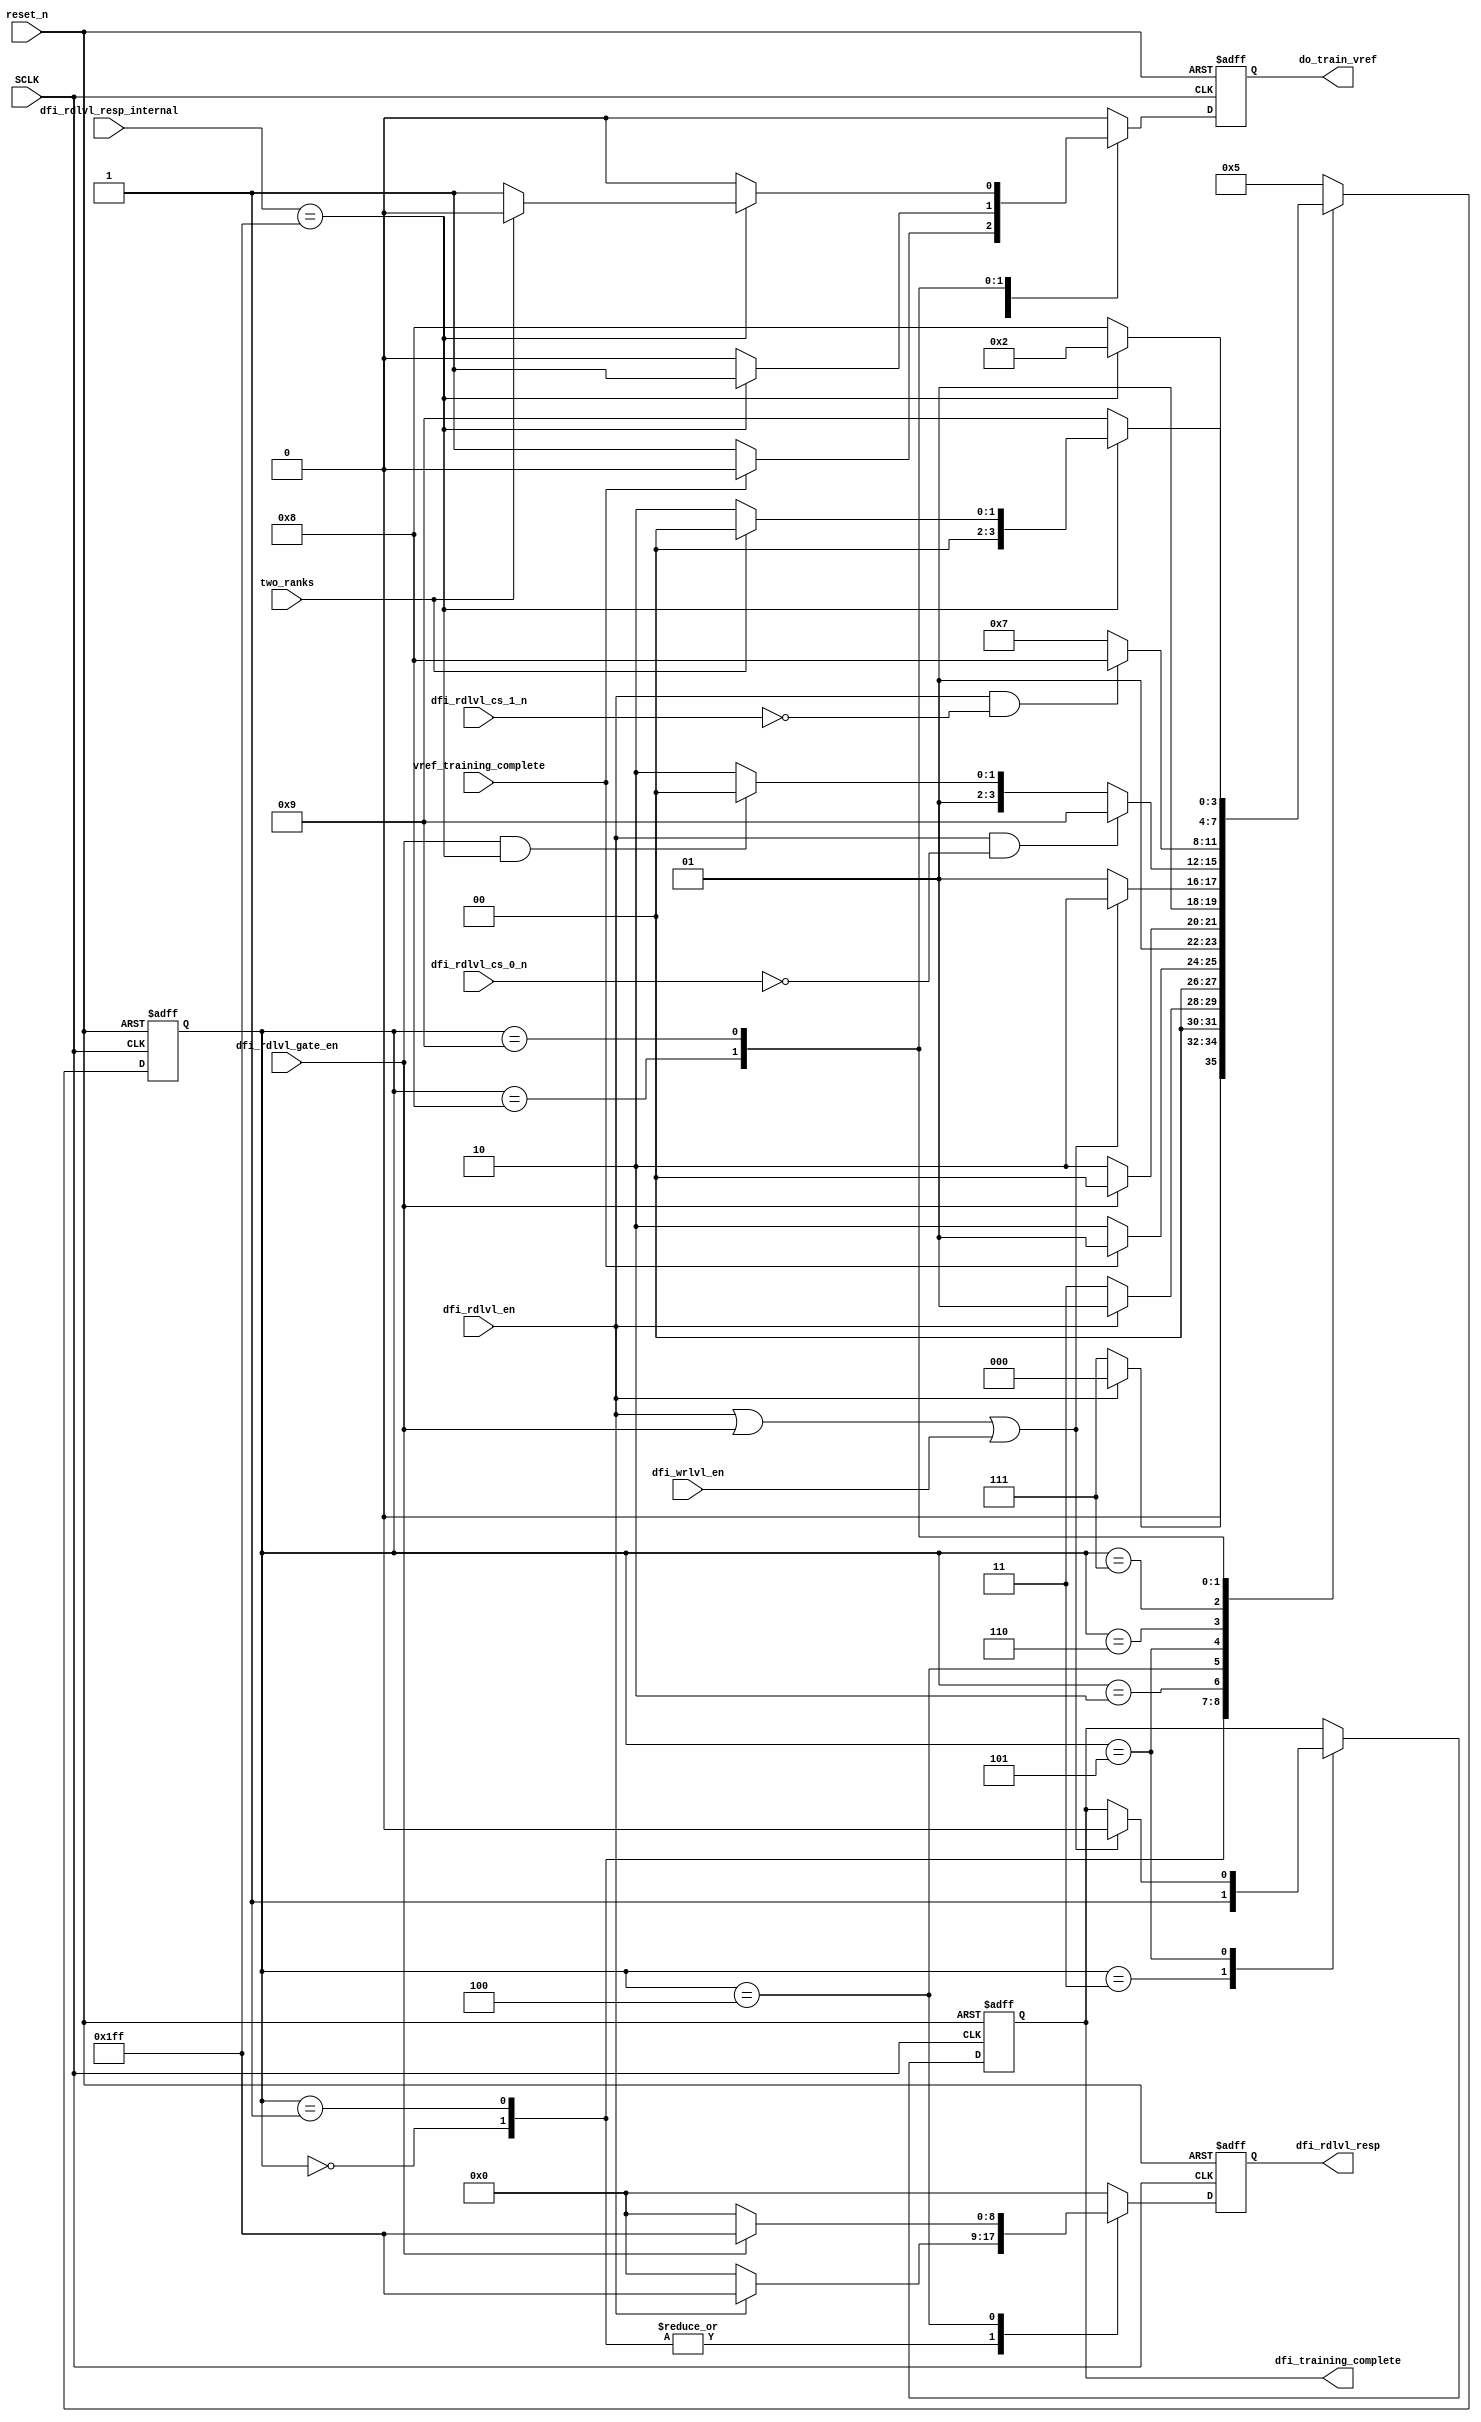
//--------------------------------------------------
//-- -----------------------------------------------------------------------------                                                                                                                                                                                                                               
//--    Crevinn Teoranta                                                                                                                                                                                                                        
//-- -----------------------------------------------------------------------------                                                                                                                                                                                                                               
//-- Author      : $Author:$      jackh                                                                                                                                                                                      
//-- Date        : $Date:$                                                                                                                                                                                                                               
//-- Revision    : $Revision$                                                                                                                                                                                                                               
//-- Location    : $URL: $                                                                                                                                                                                                                               
//-- -----------------------------------------------------------------------------                                                                                                                                                                                                                               
//--------------------------------------------------
 
 
module TRN_COMPLETE (
                     //  input ports
                     dfi_rdlvl_cs_0_n,
                     dfi_rdlvl_cs_1_n,
                     dfi_wrlvl_en,
                     dfi_rdlvl_en,
                     dfi_rdlvl_gate_en,
                     two_ranks,
                     SCLK,
                     reset_n,
                     vref_training_complete,
                     dfi_rdlvl_resp_internal,
 
                     //  output ports
                     dfi_training_complete,
                     do_train_vref,
                     dfi_rdlvl_resp
                     );
 
   parameter        IOG_DQS_LANES             = 9;
//  input ports
   input            dfi_rdlvl_cs_0_n;
   wire             dfi_rdlvl_cs_0_n;
   input            dfi_rdlvl_cs_1_n;
   wire             dfi_rdlvl_cs_1_n;
   input            dfi_wrlvl_en;
   wire             dfi_wrlvl_en;
   input            dfi_rdlvl_en;
   wire             dfi_rdlvl_en;
   input            dfi_rdlvl_gate_en;
   wire             dfi_rdlvl_gate_en;
   input            two_ranks;
   wire             two_ranks;
   input            SCLK;
   wire             SCLK;
   input            reset_n;
   wire             reset_n;
   input            vref_training_complete;
   wire             vref_training_complete;
   input     [IOG_DQS_LANES - 1:0] dfi_rdlvl_resp_internal;
   wire      [IOG_DQS_LANES - 1:0] dfi_rdlvl_resp_internal;
//  output ports
   output           dfi_training_complete;
   reg              dfi_training_complete;
   output           do_train_vref;
   reg              do_train_vref;
   output    [IOG_DQS_LANES - 1:0] dfi_rdlvl_resp;
   wire      [IOG_DQS_LANES - 1:0] dfi_rdlvl_resp;
//  local signals
   reg       [IOG_DQS_LANES - 1:0] dfi_rdlvl_resp_extrnl;
 
   parameter ASSERT_RDLVL_RESP        = 4'b0000,
             ASSERT_RDLVL_RESP_2      = 4'b0001,
             DO_VREF                  = 4'b0010,
             FINISH                   = 4'b0011,
             RESPOND_TO_GATE_TRAINING = 4'b0100,
             TRN_INITIAL              = 4'b0101,
             WAIT_RDLVL               = 4'b0110,
             WAIT_RDLVL_REQ_RANK_1    = 4'b0111,
             WAIT_RDLVL_RESP_RANK_1   = 4'b1000,
             WAIT_RD_LVL_RESP_RANK_0  = 4'b1001;
 
 
   reg [3:0] visual_trn_compl_current, visual_trn_compl_next;
 
   reg              visual_dfi_training_complete_next;
   reg              visual_do_train_vref_next;
   reg       [IOG_DQS_LANES - 1:0] visual_dfi_rdlvl_resp_extrnl_next;
 
 
   // Combinational process
   always  @(dfi_training_complete or dfi_rdlvl_en or vref_training_complete or dfi_rdlvl_gate_en or dfi_wrlvl_en or dfi_rdlvl_cs_0_n or dfi_rdlvl_resp_internal or dfi_rdlvl_cs_1_n or two_ranks or
             visual_trn_compl_current)
   begin : trn_compl_comb
      visual_do_train_vref_next <= 0;
      visual_dfi_training_complete_next <= dfi_training_complete;
      visual_dfi_rdlvl_resp_extrnl_next <= 0;
 
 
 
      case (visual_trn_compl_current)
         ASSERT_RDLVL_RESP:
            begin
               visual_dfi_rdlvl_resp_extrnl_next <= ((2 ** IOG_DQS_LANES) - 1);
               if (dfi_rdlvl_en == 1'b0)
               begin
                  visual_dfi_rdlvl_resp_extrnl_next <= 0;
                  visual_trn_compl_next <= WAIT_RDLVL_REQ_RANK_1;
               end
               else
               begin
                  visual_trn_compl_next <= ASSERT_RDLVL_RESP;
               end
            end
 
         ASSERT_RDLVL_RESP_2:
            begin
               visual_dfi_rdlvl_resp_extrnl_next <= ((2 ** IOG_DQS_LANES) - 1);
               if (dfi_rdlvl_en == 1'b0)
               begin
                  visual_dfi_rdlvl_resp_extrnl_next <= 0;
                  visual_trn_compl_next <= FINISH;
               end
               else
               begin
                  visual_trn_compl_next <= ASSERT_RDLVL_RESP_2;
               end
            end
 
         DO_VREF:
            begin
               if (vref_training_complete == 1'b1)
               begin
                  visual_trn_compl_next <= ASSERT_RDLVL_RESP_2;
               end
               else
               begin
                  visual_do_train_vref_next <= 1'b1;
                  visual_trn_compl_next <= DO_VREF;
               end
            end
 
         FINISH:
            begin
               visual_dfi_training_complete_next <= 1'b1;
               visual_trn_compl_next <= TRN_INITIAL;
            end
 
         RESPOND_TO_GATE_TRAINING:
            begin
               visual_dfi_rdlvl_resp_extrnl_next <= ((2 ** IOG_DQS_LANES) - 1);
               if (dfi_rdlvl_gate_en == 1'b0)
               begin
                  visual_dfi_rdlvl_resp_extrnl_next <= 0;
                  visual_trn_compl_next <= WAIT_RDLVL;
               end
               else
               begin
                  visual_trn_compl_next <= RESPOND_TO_GATE_TRAINING;
               end
            end
 
         TRN_INITIAL:
            begin
               if ((dfi_rdlvl_en == 1'b1) || (dfi_rdlvl_gate_en == 1'b1) || (dfi_wrlvl_en == 1'b1))
               begin
                  visual_dfi_training_complete_next <= 1'b0;
                  visual_trn_compl_next <= WAIT_RDLVL;
               end
               else
               begin
                  visual_trn_compl_next <= TRN_INITIAL;
               end
            end
 
         WAIT_RDLVL:
            begin
               if (dfi_rdlvl_en && (!(dfi_rdlvl_cs_0_n)))
               begin
                  visual_trn_compl_next <= WAIT_RD_LVL_RESP_RANK_0;
               end
               else if (dfi_rdlvl_gate_en && (dfi_rdlvl_resp_internal == ((2 ** IOG_DQS_LANES) - 1)))
               begin
                  visual_trn_compl_next <= RESPOND_TO_GATE_TRAINING;
               end
               else
               begin
                  visual_trn_compl_next <= WAIT_RDLVL;
               end
            end
 
         WAIT_RDLVL_REQ_RANK_1:
            begin
               if (dfi_rdlvl_en && (!(dfi_rdlvl_cs_1_n)))
               begin
                  visual_trn_compl_next <= WAIT_RDLVL_RESP_RANK_1;
               end
               else
               begin
                  visual_trn_compl_next <= WAIT_RDLVL_REQ_RANK_1;
               end
            end
 
         WAIT_RDLVL_RESP_RANK_1:
            begin
               if (dfi_rdlvl_resp_internal == ((2 ** IOG_DQS_LANES) - 1))
               begin
                  visual_do_train_vref_next <= 1'b1;
                  visual_trn_compl_next <= DO_VREF;
               end
               else
               begin
                  visual_trn_compl_next <= WAIT_RDLVL_RESP_RANK_1;
               end
            end
 
         WAIT_RD_LVL_RESP_RANK_0:
            begin
               if (dfi_rdlvl_resp_internal == ((2 ** IOG_DQS_LANES) - 1))
               begin
                  if (two_ranks == 1'b1)
                  begin
                     visual_trn_compl_next <= ASSERT_RDLVL_RESP;
                  end
                  else
                  begin
                     visual_do_train_vref_next <= 1'b1;
                     visual_trn_compl_next <= DO_VREF;
                  end
               end
               else
               begin
                  visual_trn_compl_next <= WAIT_RD_LVL_RESP_RANK_0;
               end
            end
 
         default:
            begin
               visual_trn_compl_next <= TRN_INITIAL;
            end
      endcase
   end
 
   always  @(posedge SCLK or negedge reset_n)
   begin : trn_compl
 
      if (reset_n == 1'b0)
      begin
         do_train_vref <= 0;
         dfi_rdlvl_resp_extrnl <= 0;
         dfi_training_complete <= 1'b0;
         visual_trn_compl_current <= TRN_INITIAL;
      end
      else
      begin
         dfi_training_complete <= visual_dfi_training_complete_next;
         do_train_vref <= visual_do_train_vref_next;
         dfi_rdlvl_resp_extrnl <= visual_dfi_rdlvl_resp_extrnl_next;
         visual_trn_compl_current <= visual_trn_compl_next;
      end
   end
 
   assign dfi_rdlvl_resp = dfi_rdlvl_resp_extrnl;
 
 
endmodule